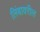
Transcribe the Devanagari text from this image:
लिंबावरील